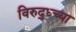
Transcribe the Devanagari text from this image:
विरुद्ध्च्या